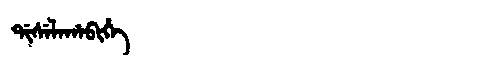
Manchu: ᡩᡳᠰᡝᠯᠠᡥᠠᠪᡳᡥᡝ
Romanization: DISELAHABIHE